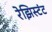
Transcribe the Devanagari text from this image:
रेझिस्टंट